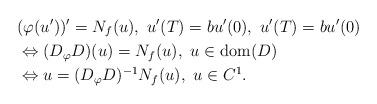
LaTeX: \begin{align*}&(\varphi(u'))' = N_f (u), \ u'(T)=bu'(0), \ u'(T)=bu'(0) \\&\Leftrightarrow (D_{\varphi}D)(u)=N_{f}(u),\ u\in {\rm dom}(D) \\&\Leftrightarrow u = (D_{\varphi}D)^{-1}N_{f}(u), \ u\in C^{1}.\end{align*}